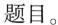
题目。